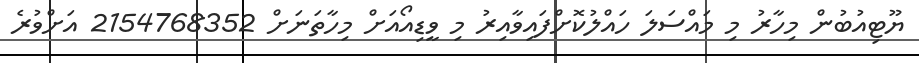
ޔޫޓިއުބުން މިހާރު މި މައްސަލަ ހައްލުކޮށްފައިވާއިރު މި ވީޑިއޯއަށް މިހާތަނަށް 2154768352 އަށްވުރެ